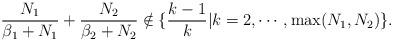
LaTeX: \begin{align*}\frac{N_1}{\beta_1+N_1}+\frac{N_2}{\beta_2+N_2}\notin\{\frac{k-1}{k}|k=2,\cdots,\max(N_1,N_2)\}.\end{align*}